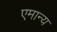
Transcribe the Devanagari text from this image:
एमान्य